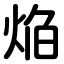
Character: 焔